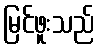
မြင်ဖူးသည်